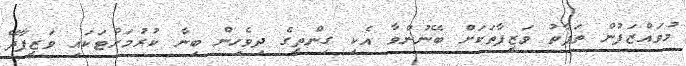
މުވައްޒަފުން ތަފާތު ވަޒީފާތަކަށް ބޭނުންވާ އެކި ގިންތީގެ ދިވެހިން ބިނާ ކުރުމަށްޓަކަައި ވަޒީފާދޭ